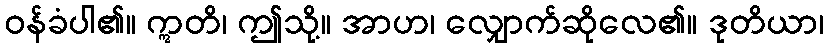
ဝန်ခံပါ၏။ ဣတိ၊ ဤသို့။ အာဟ၊ လျှောက်ဆိုလေ၏။ ဒုတိယာ၊